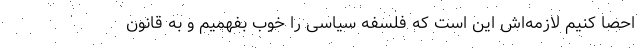
احصا کنیم لازمه‌اش این است که فلسفه سیاسی را خوب بفهمیم و به قانون